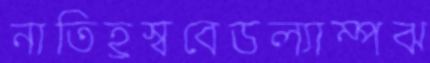
নাতিহ্রস্ববেডল্যাম্পঝ